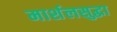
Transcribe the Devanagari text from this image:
मार्शलसुद्धा